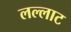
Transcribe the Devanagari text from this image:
लल्लाट